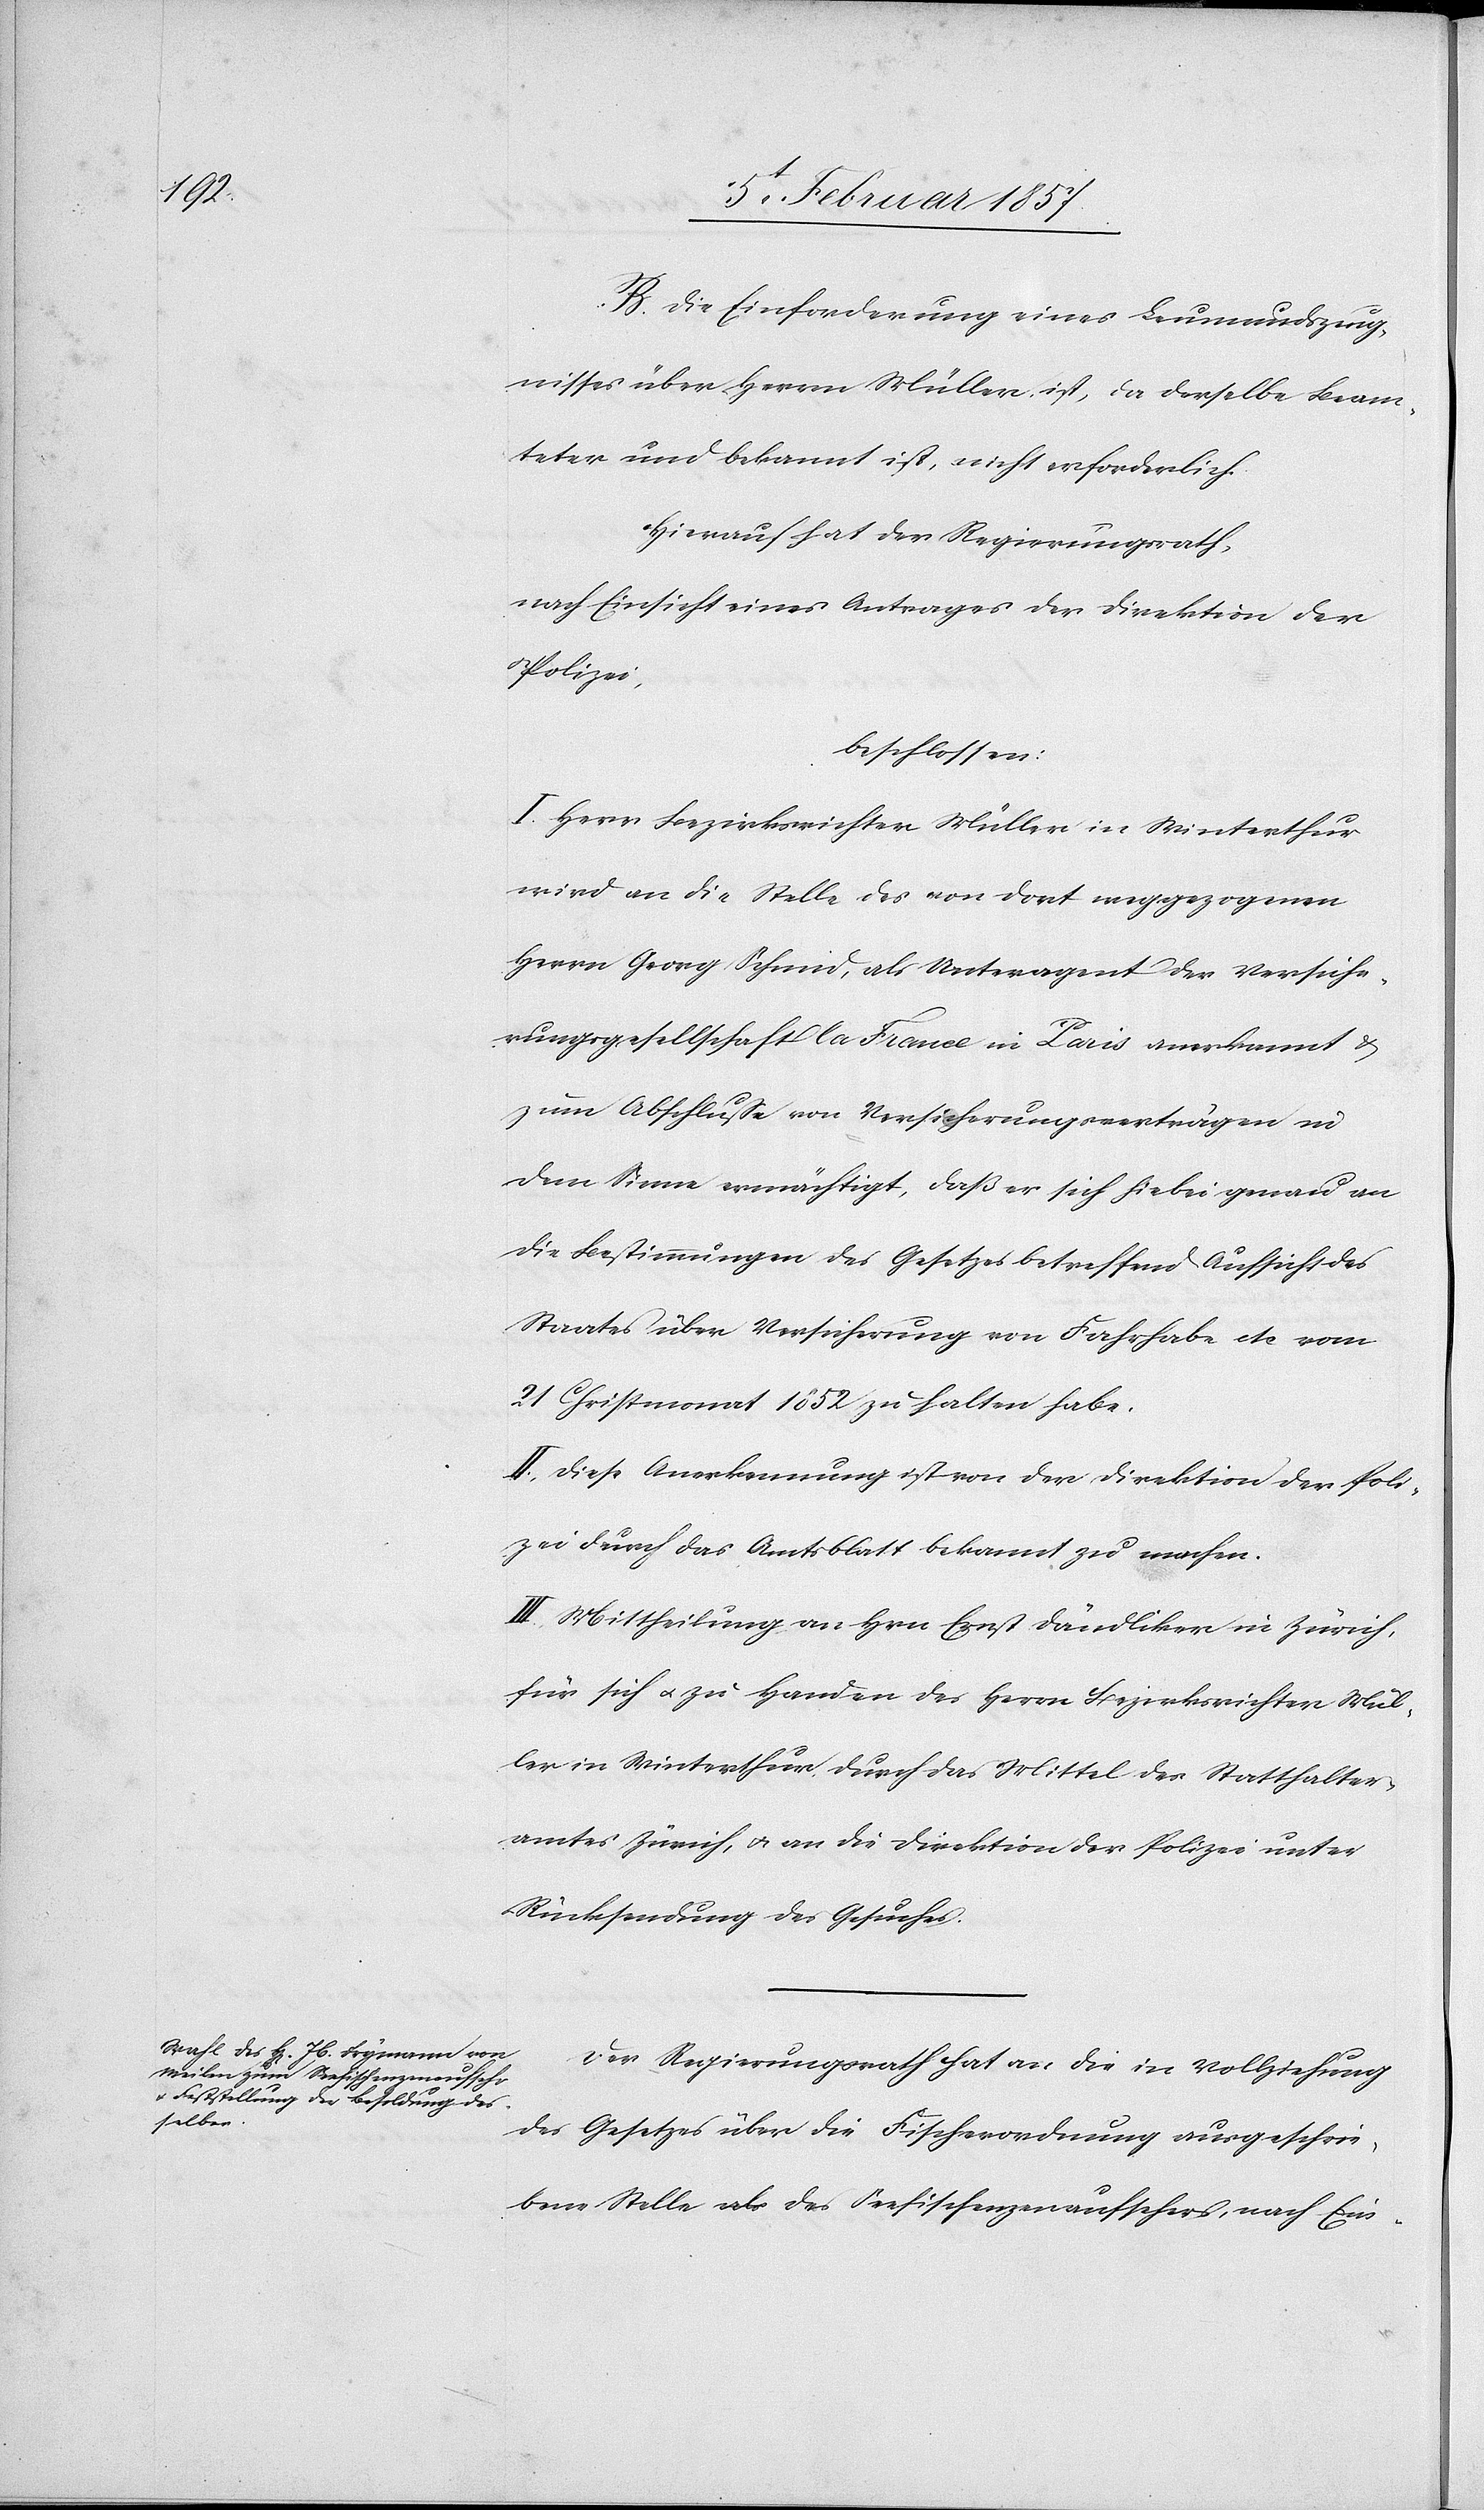
B. Die Einforderung eines Leumundszeug¬
nisses über Herrn Müller ist, da derselbe Beam¬
teter und bekannt ist, nicht erforderlich.
Hierauf hat der Regierungsrath,
nach Einsicht eines Antrages der Direktion der
Polizei,
beschlossen:
I. Herr Bezirksrichter Müller in Winterthur
wird an die Stelle des von dort weggezogenen
Herrn Georg Schmid, als Unteragent der Versiche¬
rungsgesellschaft la France in Paris anerkannt &
zum Abschlusse von Versicherungsverträgen in
dem Sinne ermächtigt, daß er sich hiebei genau an
die Bestimmungen des Gesetzes betreffend Aufsicht des
Staates über Versicherung von Fahrhabe etc vom
21 Christmonat 1852 zu halten habe.
II. Diese Anerkennung ist von der Direktion der Poli¬
zei durch das Amtsblatt bekannt zu machen.
III. Mittheilung an Hrn Ernst Dändliker in Zürich,
für sich u. zu Handen des Herrn Bezirksrichter Mül¬
ler in Winterthur durch das Mittel des Statthalter¬
amtes Zürich, u. an die Direktion der Polizei unter
Rücksendung des Gesuches.
Der Regierungsrath hat an die in Vollziehung
des Gesetzes über die Fischerordnung ausgeschrie¬
bene Stelle des Seefischenzenaufsehers, nach Ein-